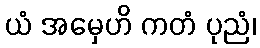
ယံ အမှေဟိ ကတံ ပုညံ၊